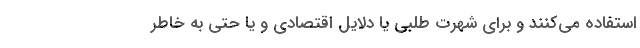
استفاده می‌کنند و برای شهرت‌ طلبی یا دلایل اقتصادی و یا حتی به خاطر